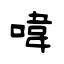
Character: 喡